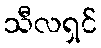
သီလရှင်